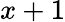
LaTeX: x+1